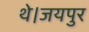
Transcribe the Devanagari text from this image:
थे।जयपुर